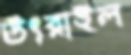
উৎরাইল